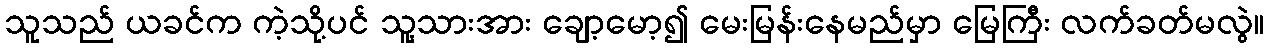
သူသည် ယခင်က ကဲ့သို့ပင် သူ့သားအား ချော့မော့၍ မေးမြန်းနေမည်မှာ မြေကြီး လက်ခတ်မလွဲ။